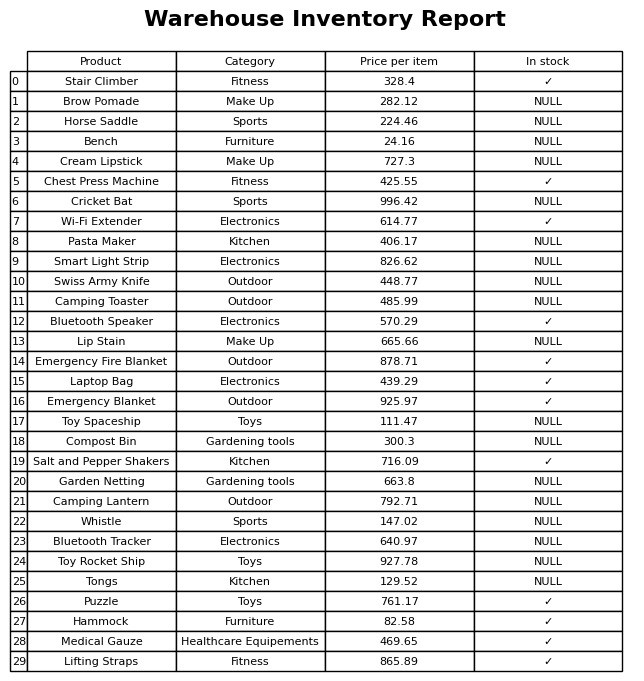
question: What is the price of the Camping Lantern?
answer: The price of Camping Lantern is 792.71.